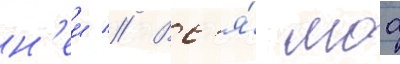
н'еи // Вс'я́ моа